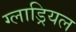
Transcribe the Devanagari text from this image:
ग्लाड्रियल